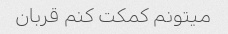
میتونم کمکت کنم قربان